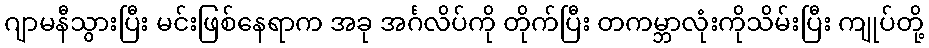
ဂျာမနီသွားပြီး မင်းဖြစ်နေရာက အခု အင်္ဂလိပ်ကို တိုက်ပြီး တကမ္ဘာလုံးကိုသိမ်းပြီး ကျုပ်တို့